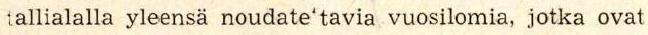
tallialalla yleensä noudate'tavia vuosilomia, jotka ovat